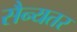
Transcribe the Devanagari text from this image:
सैन्यतर